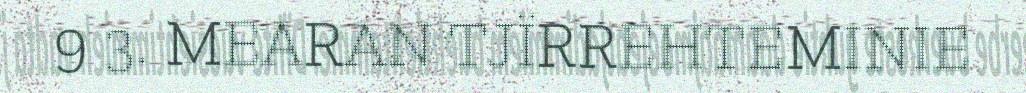
9 3. MEARAN TJÏRREHTEMINIE